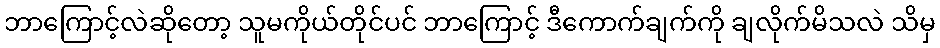
ဘာကြောင့်လဲဆိုတော့ သူမကိုယ်တိုင်ပင် ဘာကြောင့် ဒီကောက်ချက်ကို ချလိုက်မိသလဲ သိမှ